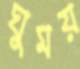
ঘুময়